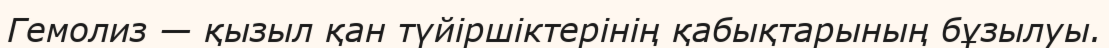
Гемолиз — қызыл қан түйіршіктерінің қабықтарының бұзылуы.